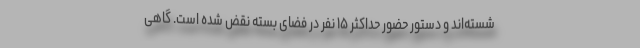
شسته‌اند و دستور حضور حداکثر ۱۵ نفر در فضای بسته نقض شده است. گاهی